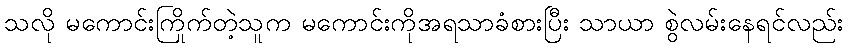
သလို မကောင်းကြိုက်တဲ့သူက မကောင်းကိုအရသာခံစားပြီး သာယာ စွဲလမ်းနေရင်လည်း